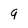
Character: 9